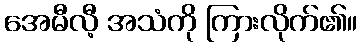
အေမီလီ့ အသံကို ကြားလိုက်၏။